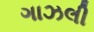
ગાઝલી